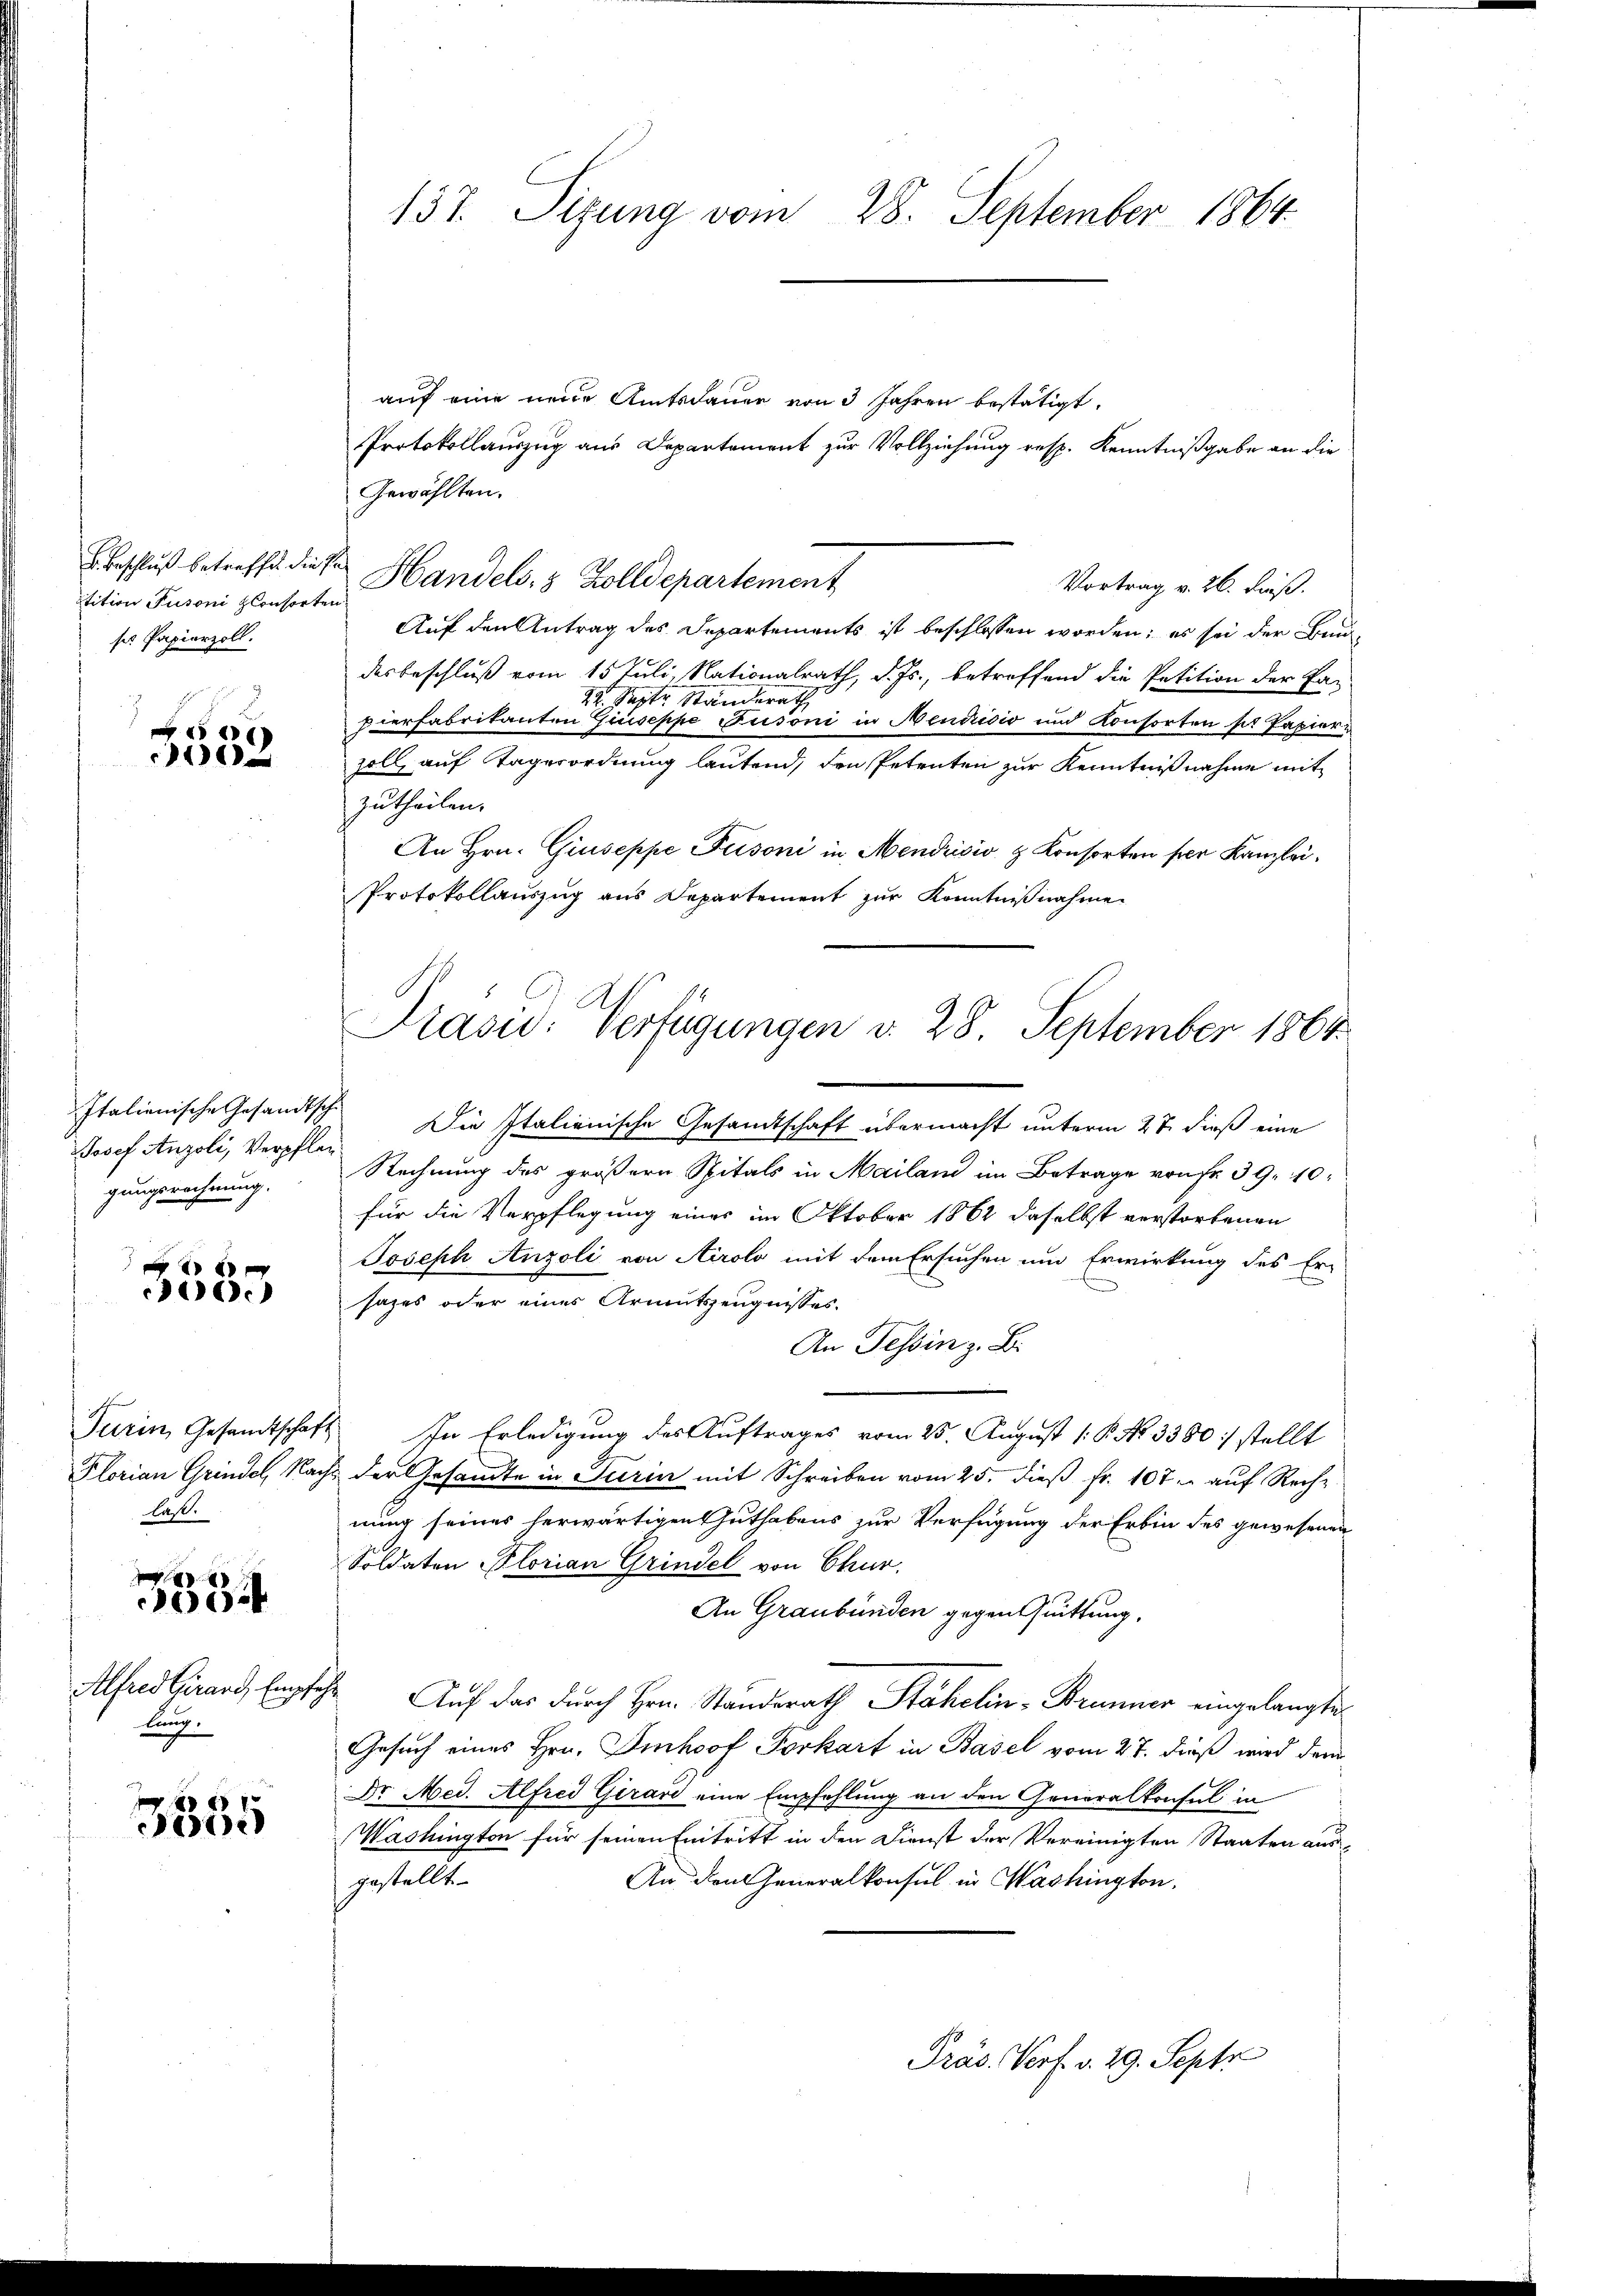
E. Beschluß betreffen die Pr
itition Fusoni plonsorten
ses Papierzoll.

d
0

Italienische Gesandtsche
Josef Anzoli, Verpflen
gungsrechnung.

d
206.

laß.

8
004

Alfred Girard, Empf
lung.

3335

137. Sizung vom 28. September 1864.

auf eine neue Amtsdauer von 3 Jahren bestätigt.
Protokollauszug aus Departement zur Vollziehung resp. Kenntnißgabe an die
Gewählten.
Handels- & Zolldepartement
Vortrag v. 26. dieß.
Auf den Antrag des Departements ist beschlossen worden; es sei der Bundesbeschluß vom 15 Juli, Nationalrath, d. Js., betreffend die Petition der Pa-
29. Septer Ständerath
pierfabrikanten Giuseppe Fusoni in Mendrisis und Konsorten st Papierzoll, auf Tagerordnung lautend, den Petenten zur Kenntnißnahme mit
zutheilen.
An Hrn. Giuseppe Fusoni in Mendrisis & Konsorten per Kanzlei¬
Protokollauszug aus Departement zŭr Kenntnißnahme.
Die Italienische Gesamtschaft übermacht unterm 27. dieß eine
Rechnung des größern Spitals in Mailand im Betrage von Fr. 39. 10.
für die Verpflegung eines im Oktober 1862 daselbst verstorbenen
Joseph Anzoli von Airolo mit dem Ersuchen und Erwirkung des Er-
sazes oder eines Armutszeugnisses.
An Tessin z. B.
Turin, Gesamtschaft. In Erledigung des Auftrages vom 25. August 1 P. Nr. 3380 :/ stellt
Florian Grindel, Nach der Gesandte in Turin mit Schreiben vom 25. dieß fr. 107. auf Recht
nung seines herwärtigen Guthabens zur Verfügung der Erbin des gewesenen
Soldaten Florian Grindel von Chur.
An Graubünden gegen Quittung.
h
Auf das durch Hrn. Standsrath Stähelin - Brunner eingelangte
Gesuch eines Hrn. Imhoof Porkart in Basel vom 27. dieß wird der¬
Dr. Med. Alfred Girard eine Empfehlung an den Generalkonsul in
Washington für seinen Entritt in den Dienst der Vereinigten Staaten aus-
An den Generalkonsul in Washington.
gestellt.
Präs. Verf. v. 29. Septr

Präsid.: Verfügungen v. 28. September 1864.